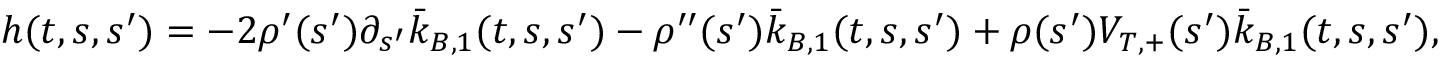
h ( t , s , s ^ { \prime } ) = - 2 \rho ^ { \prime } ( s ^ { \prime } ) \partial _ { s ^ { \prime } } \bar { k } _ { B , 1 } ( t , s , s ^ { \prime } ) - \rho ^ { \prime \prime } ( s ^ { \prime } ) \bar { k } _ { B , 1 } ( t , s , s ^ { \prime } ) + \rho ( s ^ { \prime } ) V _ { T , + } ( s ^ { \prime } ) \bar { k } _ { B , 1 } ( t , s , s ^ { \prime } ) ,